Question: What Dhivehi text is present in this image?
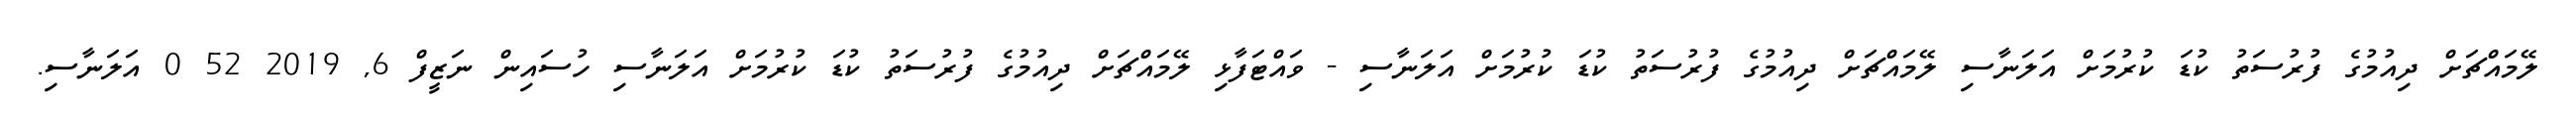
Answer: ލޭމައްޗަށް ދިއުމުގެ ފުރުސަތު ކުޑަ ކުރުމަށް އަލަނާސި ލޭމައްޗަށް ދިއުމުގެ ފުރުސަތު ކުޑަ ކުރުމަށް އަލަނާސި - ވައްޓަފާޅި ލޭމައްޗަށް ދިއުމުގެ ފުރުސަތު ކުޑަ ކުރުމަށް އަލަނާސި ހުސައިން ނަޒީފް 6, 2019 52 0 އަލަނާސި.